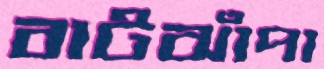
বাটঝাঁপা